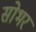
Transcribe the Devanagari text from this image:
सोभर